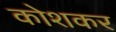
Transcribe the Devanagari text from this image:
कोशकर